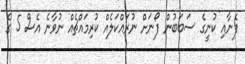
ފެނާއި ކުނީގެ ސަބަބުން ފޯނަށް ނުރައްކަލެއް ކުރިމައްޗެއް ނުވާނެ އެސް 5 ގެ